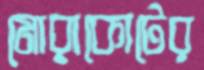
মোরাকোটের